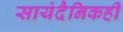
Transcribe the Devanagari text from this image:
सायंदैनिकही